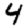
Digit: 4